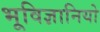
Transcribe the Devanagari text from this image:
भूविज्ञानियो